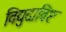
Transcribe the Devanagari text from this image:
विद्युदाविष्ट